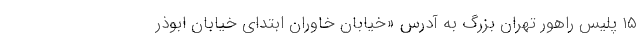
۱۵ پلیس راهور تهران بزرگ به آدرس «خیابان خاوران ابتدای خیابان ابوذر